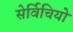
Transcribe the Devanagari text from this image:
सेर्विचियो